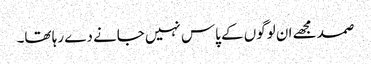
صمد مجھے ان لوگوں کے پاس نہیں جانے دے رہا تھا۔